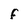
Character: f